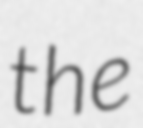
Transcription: the